Report of the Indian Hemp Drugs Commission, 1894-1895 - Volume II
Year: 1894
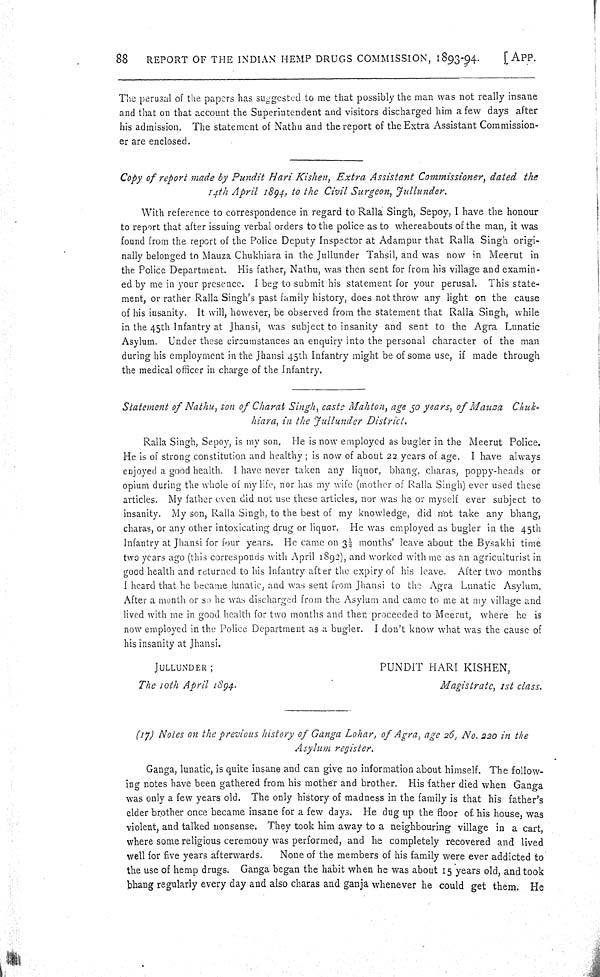
88
REPORT OF THE INDIAN HEMP DRUGS COMMISSION, 1893-94.
[APP.
The perusal of the papers has suggested to me that possibly the man was not really insane
and that on that account the Superintendent and visitors discharged him a few days after
his admission. The statement of Nathu and the report of the Extra Assistant Commission-
er are enclosed.
Copy of report made by Pundit Hari Kishen, Extra Assistant Commissioner, dated the
14th April 1894, to the Civil Surgeon, Jullunder.
With reference to correspondence in regard to Ralla Singh, Sepoy, I have the honour
to report that after issuing verbal orders to the police as to whereabouts of the man, it was
found from the report of the Police Deputy Inspector at Adampur that Ralla Singh origi-
nally belonged to Mauza Chukhiara in the Jullunder Tahsil, and was now in Meerut in
the Police Department. His father, Nathu, was then sent for from his village and examin-
ed by me in your presence. I beg to submit his statement for your perusal. This state-
ment, or rather Ralla Singh's past family history, does not throw any light on the cause
of his insanity. It will, however, be observed from the statement that Ralla Singh, while
in the 45th Infantry at Jhansi, was subject to insanity and sent to the Agra Lunatic
Asylum. Under these circumstances an enquiry into the personal character of the man
during his employment in the Jhansi 45th Infantry might be of some use, if made through
the medical officer in charge of the Infantry.
Statement of Nathu, son of Charat Singh, caste Mahton, age 50 years, of Mauza Chuk-
hiara, in the Jullunder District.
Ralla Singh, Sepoy, is my son. He is now employed as bugler in the Meerut Police.
He is of strong constitution and healthy; is now of about 22 years of age. I have always
enjoyed a good health. I have never taken any liquor, bhang, charas, poppy-heads or
opium during the whole of my life, nor has my wife (mother of Ralla Singh) ever used these
articles. My father even did not use these articles, nor was he or myself ever subject to
insanity. My son, Ralla Singh, to the best of my knowledge, did not take any bhang,
charas, or any other intoxicating drug or liquor. He was employed as bugler in the 45th
Infantry at Jhansi for four years. He came on 31/2 months' leave about the Bysakhi time
two years ago (this corresponds with April 1892), and worked with me as an agriculturist in
good health and returned to his Infantry after the expiry of his leave. After two months
I heard that he became lunatic, and was sent from Jhansi to the Agra Lunatic Asylum.
After a month or so he was discharged from the Asylum and came to me at my village and
lived with me in good health for two months and then proceeded to Meerut, where he is
now employed in the Police Department as a bugler. I don't know what was the cause of
his insanity at Jhansi.
JULLUNDER;
PUNDIT HARI KISHEN,
The 10th April 1894.
Magistrate, 1st class.
(17) Notes on the previous history of Ganga Lohar, of Agra, age 26, No. 220 in the
Asylum register.
Ganga, lunatic, is quite insane and can give no information about himself. The follow-
ing notes have been gathered from his mother and brother. His father died when Ganga
was only a few years old. The only history of madness in the family is that his father's
elder brother once became insane for a few days. He dug up the floor of his house, was
violent, and talked nonsense. They took him away to a neighbouring village in a cart,
where some religious ceremony was performed, and he completely recovered and lived
well for five years afterwards.
None of the members of his family were ever addicted to
the use of hemp drugs. Ganga began the habit when he was about 15 years old, and took
bhang regularly every day and also charas and ganja whenever he could get them. He